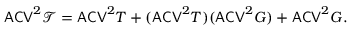
\mathsf { A C V } ^ { 2 } \mathscr T = \mathsf { A C V } ^ { 2 } T + ( \mathsf { A C V } ^ { 2 } T ) ( \mathsf { A C V } ^ { 2 } G ) + \mathsf { A C V } ^ { 2 } G .